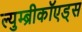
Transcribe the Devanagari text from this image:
ल्युम्ब्रीकॉएड्स